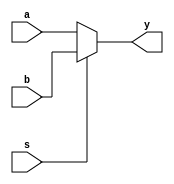
`timescale 1ns/10ps  ///

module mux21b(a,b,s,y);
    input a,b,s;
    output reg y;
	 
	 always @ (*)
	 begin
	    if(s==0) y=a;
		 else y=b;
	 end
endmodule


// testbench
module mux21b_tb;

reg a,b,s;
wire y;

mux21b mux21b(
   .a(a),
   .b(b),
   .s(s),
   .y(y)
);

initial begin

     a<=0;b<=0;s<=0;
#10  a<=0;b<=0;s<=1;
#10  a<=0;b<=1;s<=0;  
#10  a<=0;b<=1;s<=1;  
#10  a<=1;b<=0;s<=0;  
#10  a<=1;b<=0;s<=1;  
#10  a<=1;b<=1;s<=0;  
#10  a<=1;b<=1;s<=1;      
    

end

endmodule